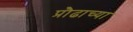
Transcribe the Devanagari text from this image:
प्रौढाच्या